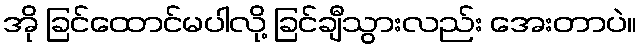
အို ခြင်ထောင်မပါလို့ ခြင်ချီသွားလည်း အေးတာပဲ။